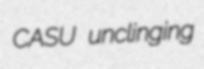
CASU unclinging